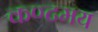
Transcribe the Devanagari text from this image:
कण्टमय